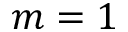
m = 1